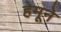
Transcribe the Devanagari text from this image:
हेमूने